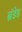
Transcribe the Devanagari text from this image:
ब्रंडेड